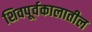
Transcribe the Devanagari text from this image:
शिवपूर्वकालातील